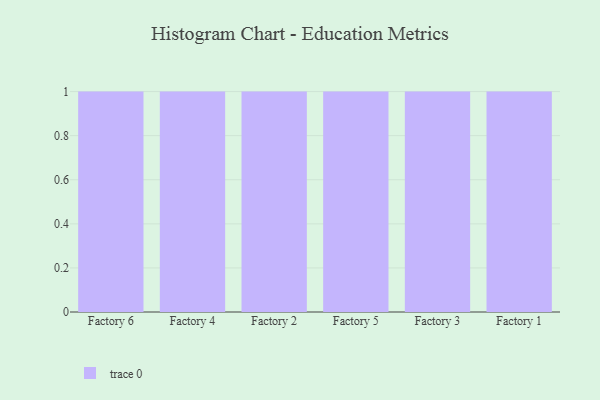
{"axis": {"x": "Factory", "y": "Budget (USD K)"}, "legend": [""], "data": [{"x": "Factory 6", "y": 8, "type": ""}, {"x": "Factory 4", "y": 92, "type": ""}, {"x": "Factory 2", "y": 8, "type": ""}, {"x": "Factory 5", "y": 92, "type": ""}, {"x": "Factory 3", "y": 94, "type": ""}, {"x": "Factory 1", "y": 39, "type": ""}]}